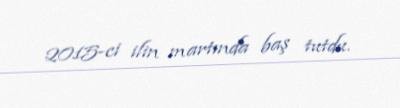
2015-ci ilin martında baş tutdu.